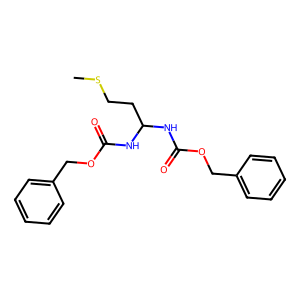
SMILES: CSCCC(NC(=O)OCc1ccccc1)NC(=O)OCc1ccccc1
Inhibits HIV replication: No